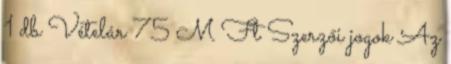
1 db Vételár 75 M Ft Szerzői jogok Az